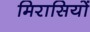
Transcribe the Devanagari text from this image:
मिरासियों